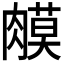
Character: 𦟦